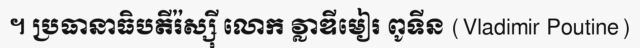
។ ប្រធានាធិបតីរ៉ស្ស៊ី លោក វ្លាឌីមៀរ ពូទីន (Vladimir Poutine)